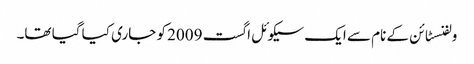
ولفنسٹائن کے نام سے ایک سیکوئل اگست 2009 کو جاری کیا گیا تھا۔